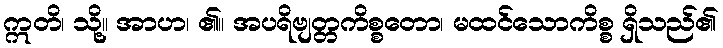
ဣတိ၊ သို့။ အာဟ၊ ၏။ အပရိဗျတ္တကိစ္စတော၊ မထင်သောကိစ္စ ရှိသည်၏